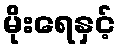
မိုးရေနှင့်